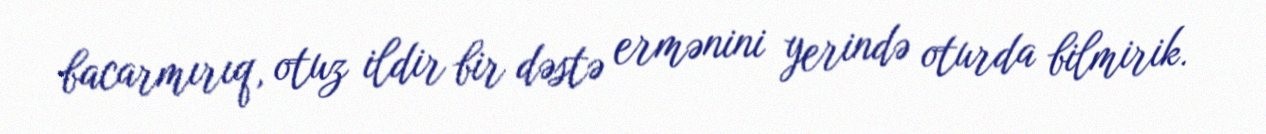
bacarmırıq, otuz ildir bir dəstə ermənini yerində oturda bilmirik.